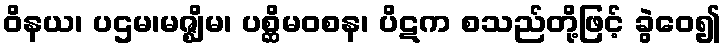
ဝိနယ၊ ပဌမ၊မဇ္ဈိမ၊ ပစ္ဆိမဝစန၊ ပိဋက စသည်တို့ဖြင့် ခွဲဝေ၍